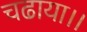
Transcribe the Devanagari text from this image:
चढाया।।